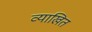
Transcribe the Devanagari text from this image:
व्याखित